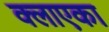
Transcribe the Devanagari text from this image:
क्लाएका